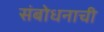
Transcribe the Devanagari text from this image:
संबोधनाची